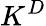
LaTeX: K^{D}